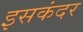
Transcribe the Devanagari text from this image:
इसकंदर